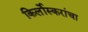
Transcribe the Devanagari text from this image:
किर्लोस्करांचा